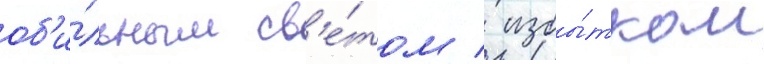
об'и́льным св'е́том / избы́тком